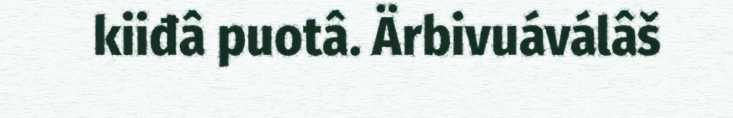
kiiđâ puotâ. Ärbivuáválâš